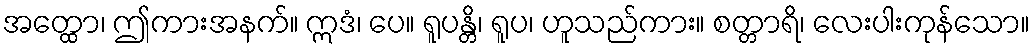
အတ္ထော၊ ဤကားအနက်။ ဣဒံ၊ ပေ။ ရူပန္တိ၊ ရူပ၊ ဟူသည်ကား။ စတ္တာရိ၊ လေးပါးကုန်သော။